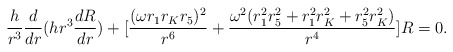
\begin{align*}\frac{h}{r^3} \frac{d}{dr} (h r^{3} \frac{dR}{dr}) + [\frac{(\omega r_{1}r_{K}r_{5})^{2}}{r^{6}} + \frac{\omega^{2}( r_{1}^{2}r_{5}^{2} + r_{1}^{2}r_{K}^{2} + r_{5}^{2}r_{K}^{2} )}{r^4}]R = 0.\end{align*}